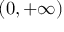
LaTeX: ( 0 , + \infty )